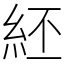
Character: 䋔